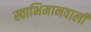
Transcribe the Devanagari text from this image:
स्वाभिमानवाली